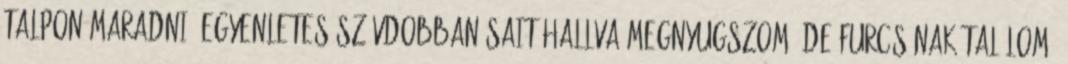
talpon maradni. Egyenletes szívdobbanásait hallva megnyugszom, de furcsának találom,